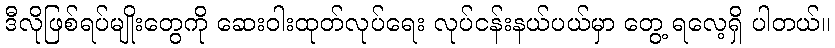
ဒီလိုဖြစ်ရပ်မျိုးတွေကို ဆေးဝါးထုတ်လုပ်ရေး လုပ်ငန်းနယ်ပယ်မှာ တွေ့ ရလေ့ရှိ ပါတယ်။